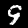
Label: 9